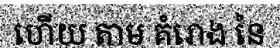
ហើយ តាម គំរោង នៃ